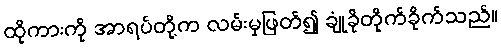
ထိုကားကို အာရပ်တို့က လမ်းမှဖြတ်၍ ချုံခိုတိုက်ခိုက်သည်။